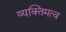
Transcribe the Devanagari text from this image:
व्यक्‍तिमत्व